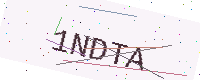
Text: 1NDTA